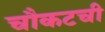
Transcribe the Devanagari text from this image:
चौकटची